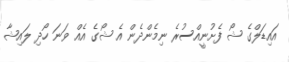
އައިޑަލްގެ ޝޯ ފެށުނީއްސުރެ ނިމެންދެން އެ ޝޯގެ އެއް ވަނަ ހޯދި ލައިޝާ